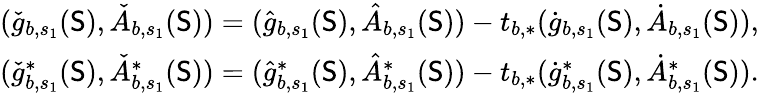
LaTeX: \begin{array}{r}{(\check{g}_{b,s_{1}}(\mathsf{S}),\check{A}_{b,s_{1}}(\mathsf{S}))=(\hat{g}_{b,s_{1}}(\mathsf{S}),\hat{A}_{b,s_{1}}(\mathsf{S}))-t_{b,*}(\dot{g}_{b,s_{1}}(\mathsf{S}),\dot{A}_{b,s_{1}}(\mathsf{S})),}\\ {(\check{g}_{b,s_{1}}^{*}(\mathsf{S}),\check{A}_{b,s_{1}}^{*}(\mathsf{S}))=(\hat{g}_{b,s_{1}}^{*}(\mathsf{S}),\hat{A}_{b,s_{1}}^{*}(\mathsf{S}))-t_{b,*}(\dot{g}_{b,s_{1}}^{*}(\mathsf{S}),\dot{A}_{b,s_{1}}^{*}(\mathsf{S})).}\end{array}